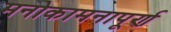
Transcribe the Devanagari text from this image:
मनोकामनापूर्ण